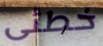
خطئى